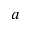
a